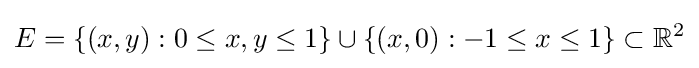
E=\{(x,y):0\leq x,y\leq 1\}\cup \{(x,0):-1\leq x\leq 1\}\subset \mathbb {R} ^{2}